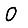
Digit: 0